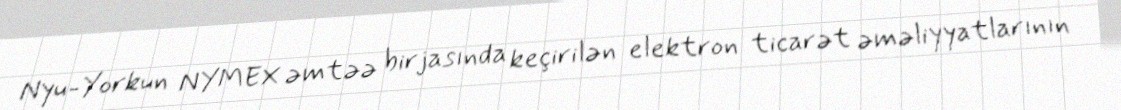
Nyu-Yorkun NYMEX əmtəə birjasında keçirilən elektron ticarət əməliyyatlarının